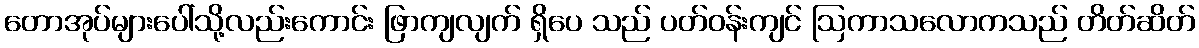
တောအုပ်များပေါ်သို့လည်းကောင်း ဖြာကျလျက် ရှိပေ သည် ပတ်ဝန်းကျင် ဩကာသလောကသည် တိတ်ဆိတ်